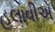
હલાવીએ